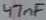
Text: 47nF